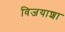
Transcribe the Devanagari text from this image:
विजयाशा